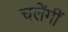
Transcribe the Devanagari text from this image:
चलेंगीं